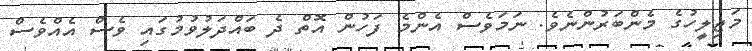
މަޖިލީހުގެ މެންބަރުންނެވެ. ނަމަވެސް އެންމެ ފަހުން އޮތް ދެ ބައްދަލުވުމުގައި ވެސް އެއްވެސް